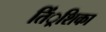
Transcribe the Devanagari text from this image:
तिं्रशिका